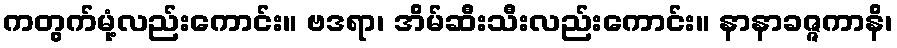
ကတွက်မုံ့လည်းကောင်း။ ဗဒရာ၊ အိမ်ဆီးသီးလည်းကောင်း။ နာနာခဇ္ဇကာနိ၊